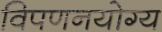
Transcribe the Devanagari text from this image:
विपणनयोग्य